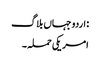
: اردو جہاں بلاگ
امریکی حملہ ۔